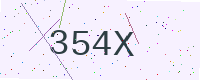
Text: 354X